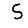
Digit: 5